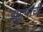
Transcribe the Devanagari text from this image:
झुडूपाची